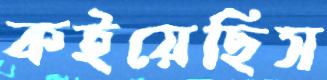
কইয়েছিস